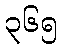
၃၆၅